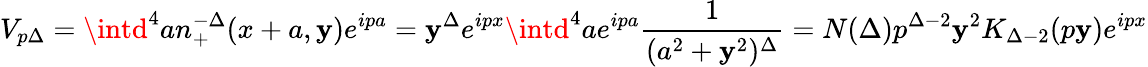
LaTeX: V_{p\Delta}=\intd^{4}an_{+}^{-\Delta}(x+a,\mathbf{y})e^{ipa}=\mathbf{y}^{\Delta}e^{ipx}\intd^{4}ae^{ipa}\frac{{1}}{{(a^{2}+\mathbf{y}^{2})^{\Delta}}}=N(\Delta)p^{\Delta-2}\mathbf{y}^{2}K_{\Delta-2}(p\mathbf{y})e^{ipx}